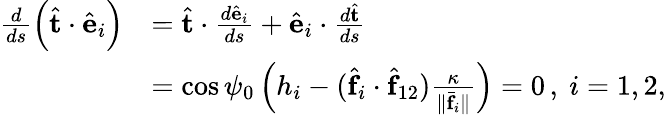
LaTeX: \begin{array}{rl}{\frac{d}{ds}\left(\hat{\mathbf t}\cdot\hat{\mathbf e}_{i}\right)}&{=\hat{\mathbf t}\cdot\frac{d\hat{\mathbf e}_{i}}{ds}+\hat{\mathbf e}_{i}\cdot\frac{d\hat{\mathbf t}}{ds}}\\ &{=\cos\psi_{0}\left(h_{i}-(\hat{\mathbf f}_{i}\cdot\hat{\mathbf f}_{12})\frac{\kappa}{\| \bar{\mathbf f}_{i}\| }\right)=0\, ,\ i=1,2,}\end{array}